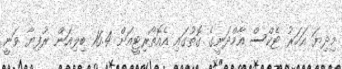
މިދިޔަ އަހަރު ޓެކްސް އާމްދަނީގެ ގޮތުގައި އެއޮތޯރިޓީއަށް 16.4 ބިލިއަން ރުފިޔާ ވަނީ